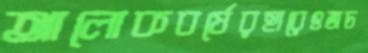
আলোকবর্ষেরহারেৎজচ